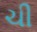
ચી